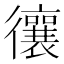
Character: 忀